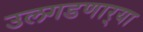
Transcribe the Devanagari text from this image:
उलगडणार्‍या